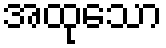
အထုသော